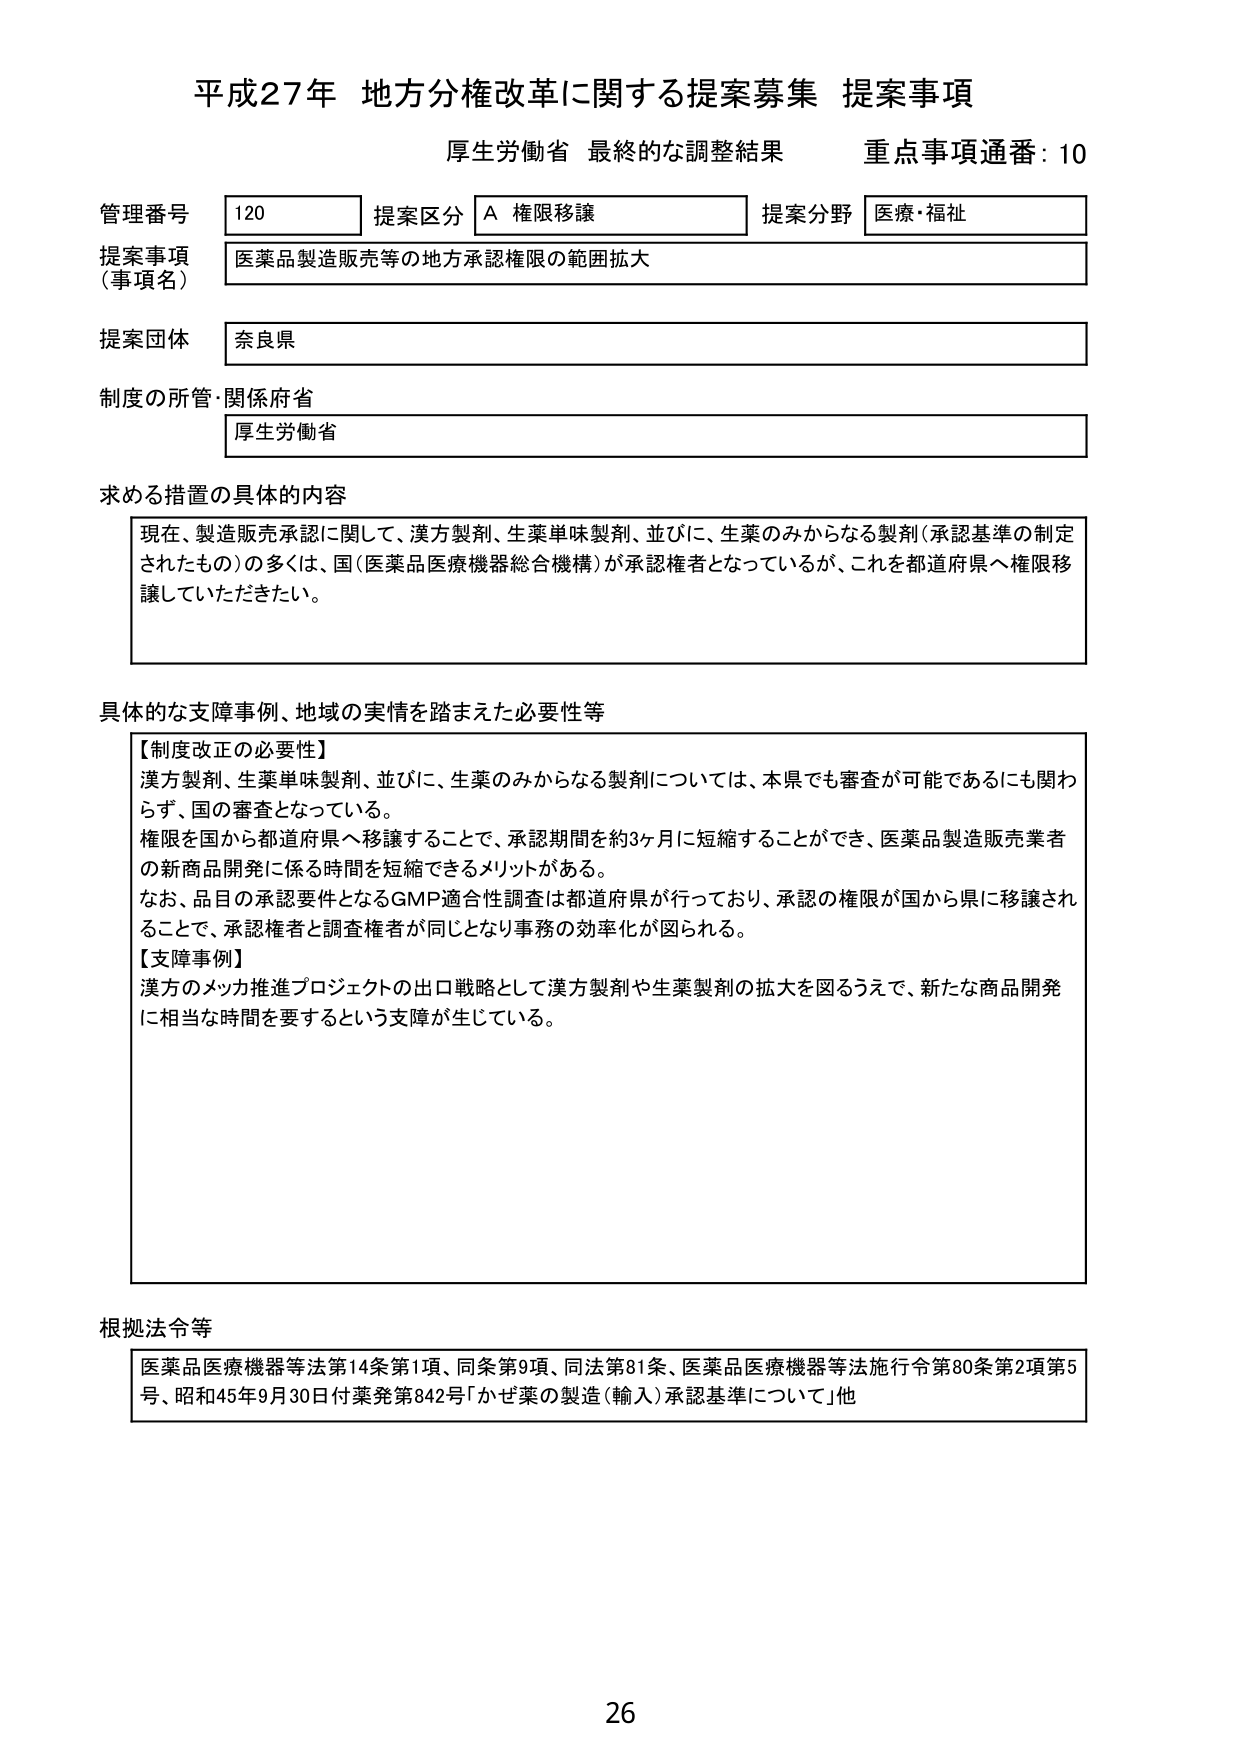
平成27年 地方分権改革に関する提案募集 提案事項
厚生労働省 最終的な調整結果 重点事項通番：10

管理番号 120 提案区分 A 権限移譲 提案分野 医療・福祉
提案事項（事項名） 医薬品製造販売等の地方承認権限の範囲拡大
提案団体 奈良県
制度の所管・関係府省 厚生労働省

求める措置の具体的内容
現在、製造販売承認に関して、漢方製剤、生薬単味製剤、並びに、生薬のみからなる製剤（承認基準の制定されたもの）の多くは、国（医薬品医療機器総合機構）が承認権者となっているが、これを都道府県へ権限移譲していただきたい。

具体的な支障事例、地域の実情を踏まえた必要性等
【制度改正の必要性】
漢方製剤、生薬単味製剤、並びに、生薬のみからなる製剤については、本県でも審査が可能であるにも関わらず、国の審査となっている。
権限を国から都道府県へ移譲することで、承認期間を約3ヶ月に短縮することができ、医薬品製造販売業者の新商品開発に係る時間を短縮できるメリットがある。
なお、品目の承認要件となるGMP適合性調査は都道府県が行っており、承認の権限が国から県に移譲されることで、承認権者と調査権者が同じとなり事務の効率化が図られる。
【支障事例】
漢方のメッカ推進プロジェクトの出口戦略として漢方製剤や生薬製剤の拡大を図ろうえで、新たな商品開発に相当な時間を要するという支障が生じている。

根拠法令等
医薬品医療機器等法第14条第1項、同条第9項、同法第81条、医薬品医療機器等法施行令第80条第2項第5号、昭和45年9月30日付薬発第842号「かぜ薬の製造（輸入）承認基準について」他

26